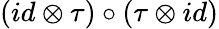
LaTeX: (id\otimes\tau)\circ(\tau\otimes id)